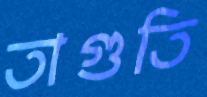
তাগুতি